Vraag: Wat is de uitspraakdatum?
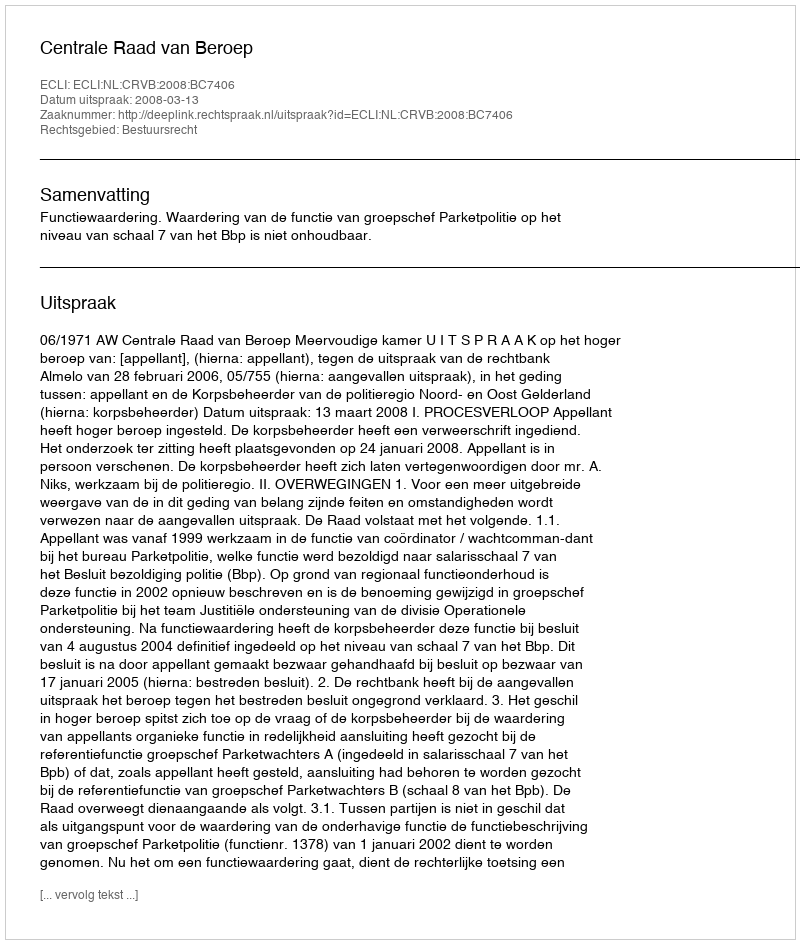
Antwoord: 2008-03-13